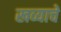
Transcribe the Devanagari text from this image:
खव्याचे